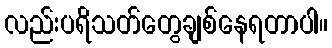
လည်းပရိသတ်တွေချစ်နေရတာပါ။